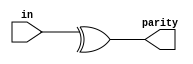
// Statement
// Parity checking is often used as a simple method of detecting errors when transmitting data through an imperfect channel.
// Create a circuit that will compute a parity bit for a 8-bit byte (which will add a 9th bit to the byte). We will use "even" parity,
// where the parity bit is just the XOR of all 8 data bits.

// Solution
module top_module (
    input [7:0] in,
    output parity); 
	// parity operation
    // if an bit contain even number of 1 it will show 0 by doing xor operation and vice versa for odd 
    // here we are doing the reduction operation
    // it will perform the xor operation through out the bit
    assign parity = ^ in;
endmodule